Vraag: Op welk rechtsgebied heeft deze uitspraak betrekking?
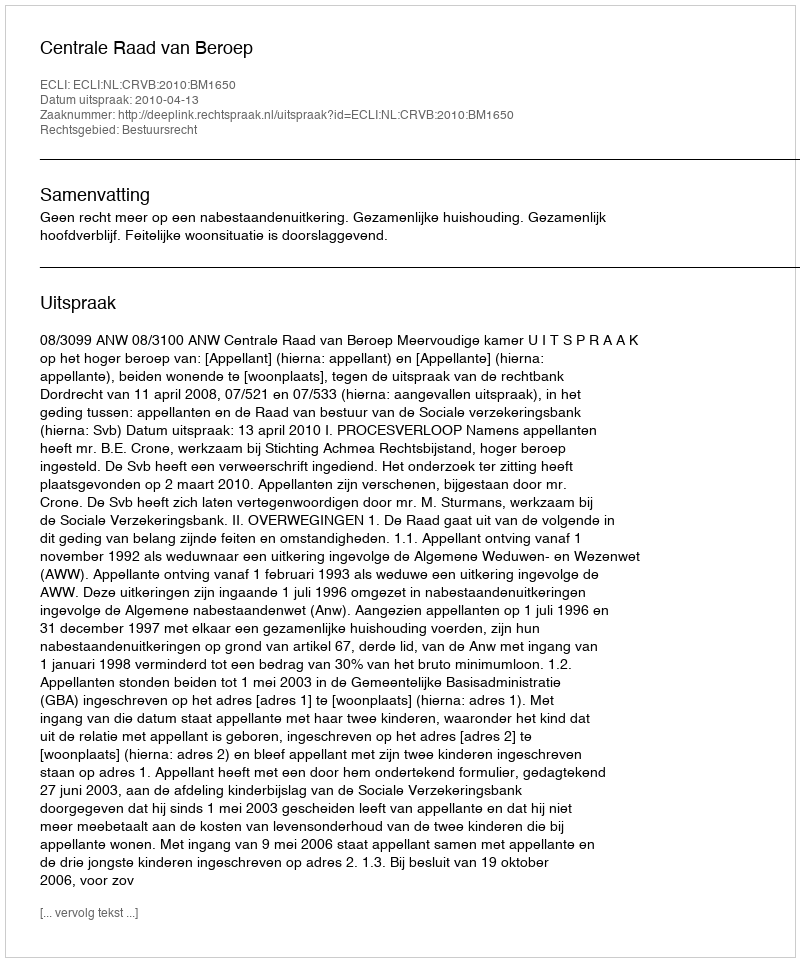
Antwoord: Bestuursrecht